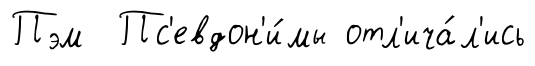
Пэм Пс'евдон'и́мы отл'ича́л'ись